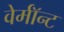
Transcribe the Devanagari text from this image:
वेर्माॅन्ट